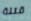
قتلة